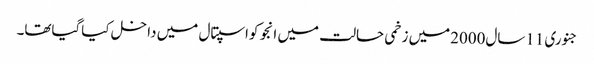
جنوری 11سال2000میں زخمی حالت میں انجو کواسپتال میں داخل کیاگیاتھا۔